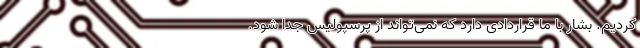
کردیم. بشار با ما قراردادی دارد که نمی‌تواند از پرسپولیس جدا شود.